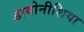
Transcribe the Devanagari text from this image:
डायोनीशिया